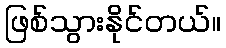
ဖြစ်သွားနိုင်တယ်။